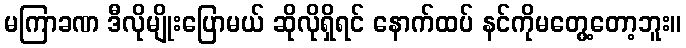
မကြာခဏ ဒီလိုမျိုးပြောမယ် ဆိုလိုရှိရင် နောက်ထပ် နင်ကိုမတွေ့တော့ဘူး။